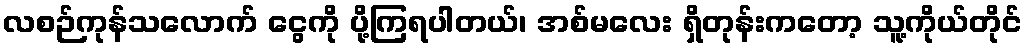
လစဉ်ကုန်သလောက် ငွေကို ပို့ကြရပါတယ်၊ အစ်မလေး ရှိတုန်းကတော့ သူ့ကိုယ်တိုင်